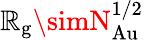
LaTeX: \mathbb{R}_{\mathrm{{g}}}\simN_{\mathrm{{Au}}}^{1/2}